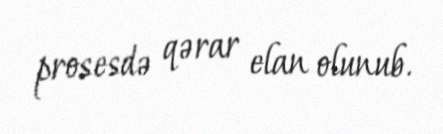
prosesdə qərar elan olunub.